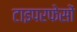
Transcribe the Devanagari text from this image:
टाइपरफेसों